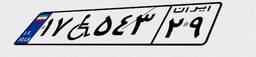
۱۷W۵۴۳۲۹